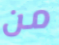
من